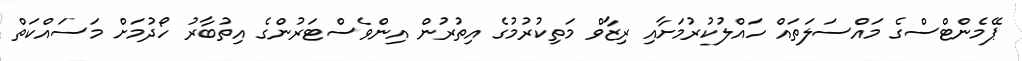
ޕޭމެންޓްސްގެ މައްސަލަތައް ހައްލުކުރުމަށާއި ރިޒާވް މަތިކުރުމުގެ އިތުރުން އިންވެސްޓަރުންގެ އިތުބާރު ހޯދުމަށް މަސައްކަތް